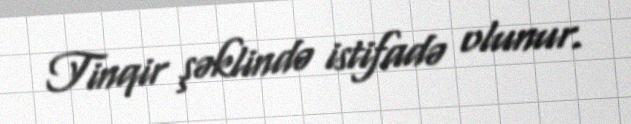
Tinqir şəklində istifadə olunur.